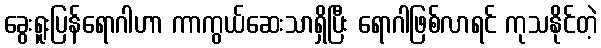
ခွေးရူးပြန်ရောဂါဟာ ကာကွယ်ဆေးသာရှိပြီး ရောဂါဖြစ်လာရင် ကုသနိုင်တဲ့